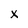
Character: X